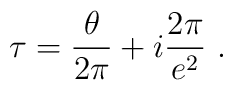
\tau = \frac{\theta}{2\pi} + i \frac{2\pi}{e^2}\ .